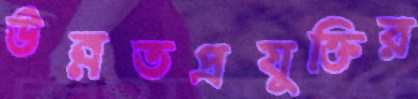
উন্নতপ্রযুক্তির